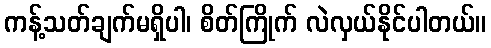
ကန့်သတ်ချက်မရှိပါ၊ စိတ်ကြိုက် လဲလှယ်နိုင်ပါတယ်။